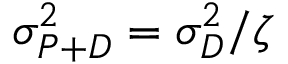
\sigma _ { P + D } ^ { 2 } = \sigma _ { D } ^ { 2 } / \zeta